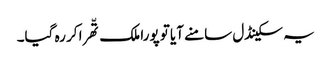
یہ سکینڈل سامنے آیا تو پورا ملک تّھرا کر رہ گیا۔